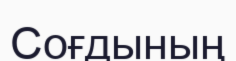
Соғдының